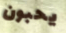
يحبون